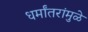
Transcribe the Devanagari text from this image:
धर्मांतरांमुळे